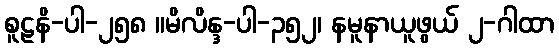
စူဠနိ-ပါ-၂၅၈ ။မိလိန္ဒ-ပါ-၃၅၂၊ နမူနာယူဖွယ် ၂-ဂါထာ